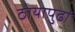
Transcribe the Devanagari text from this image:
ठायापुढां